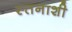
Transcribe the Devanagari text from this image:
स्तनाशी